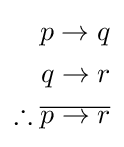
{\begin{aligned}p\rightarrow q\\q\rightarrow r\\\therefore {\overline {p\rightarrow r}}\\\end{aligned}}